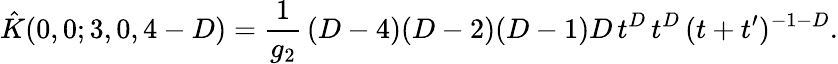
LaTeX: \hat{K}(0,0;3,0,4-D)=\frac{1}{g_{2}}\, (D-4)(D-2)(D-1)D\, t^{D}\, t^{D}\, (t+t^{\prime})^{-1-D}.